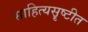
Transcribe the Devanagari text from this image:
साहित्यसॄष्टीत